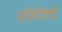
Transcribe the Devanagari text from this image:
समितिची